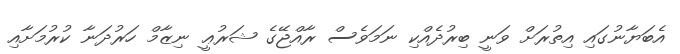
އެބަޔާނުގައި އިތުރަށް ވަނީ ބިރުދެއްކި ނަމަވެސް ރާއްޖޭގެ ޝަރުޢީ ނިޒާމް ހަރުދަނާ ކުރުމަށާއި